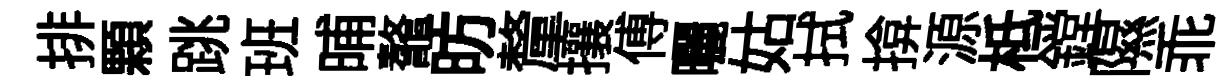
排顆跳班晡鼇昉釐攘傅曬姑拭揜源柢鏜隰乖